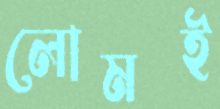
লোমই